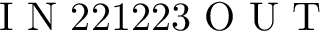
\mathrm { ~ I ~ N ~ } 2 2 1 2 2 3 \mathrm { ~ O ~ U ~ T ~ }